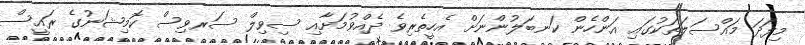
މިފަދަ މައްސަލަތަކުގައި އަންހެން ކަނބަލުންނަށް އެހީތެރިވެ ދެއްވުމަށާއި ސިވިލް ސަރވިސް ކޮމިޝަނުގެ ރައީސް